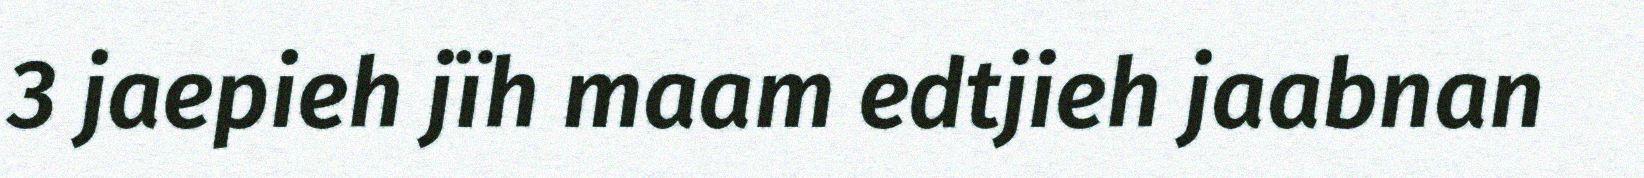
3 jaepieh jïh maam edtjieh jaabnan